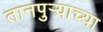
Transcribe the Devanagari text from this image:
तानपुऱ्याच्या